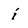
Character: i